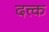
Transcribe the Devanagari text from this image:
दत्त्क